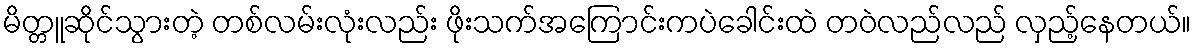
မိတ္တူဆိုင်သွားတဲ့ တစ်လမ်းလုံးလည်း ဖိုးသက်အကြောင်းကပဲခေါင်းထဲ တဝဲလည်လည် လှည့်နေတယ်။